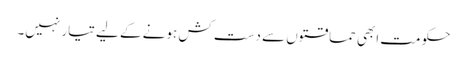
حکومت ابھی حماقتوں سے دست کش ہونے کے لیے تیار نہیں۔